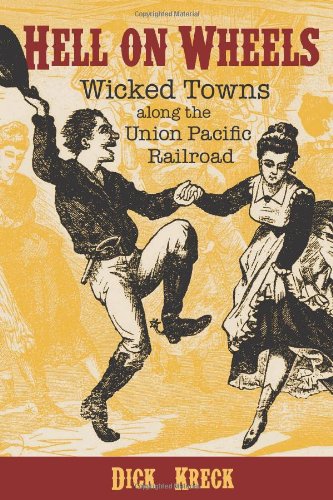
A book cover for Hell on Wheels: Wicked Towns Along the Union Pacific Railroad; Dick Kreck; Engineering & Transportation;